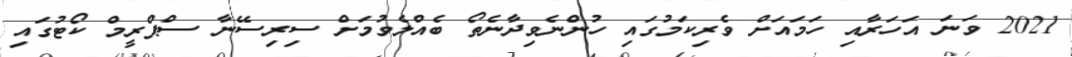
2021 ވަނަ އަހަރާއި ހަމައަށް ވެރިކަމުގައި ހުންނެވިދާނެތޯ ބެއްލެވުމަށް ސިރިސޭނާ ސްޕްރީމް ކޯޓުގައި